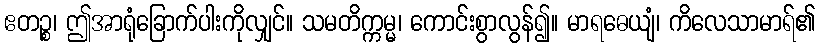
ဧတဉ္စ၊ ဤအာရုံခြောက်ပါးကိုလျှင်။ သမတိက္ကမ္မ၊ ကောင်းစွာလွန်၍။ မာရဓေယျံ၊ ကိလေသာမာရ်၏